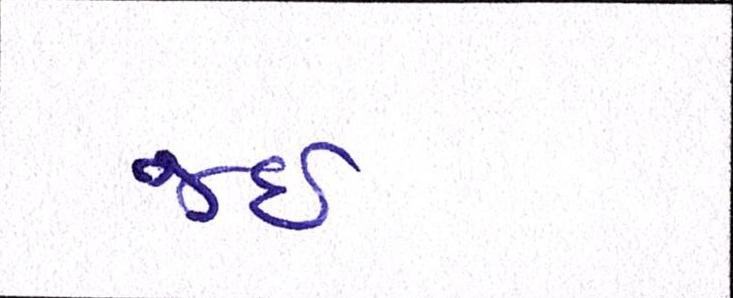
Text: જઈ